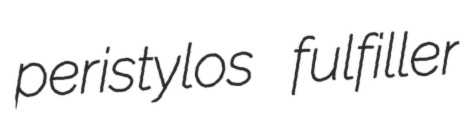
peristylos fulfiller